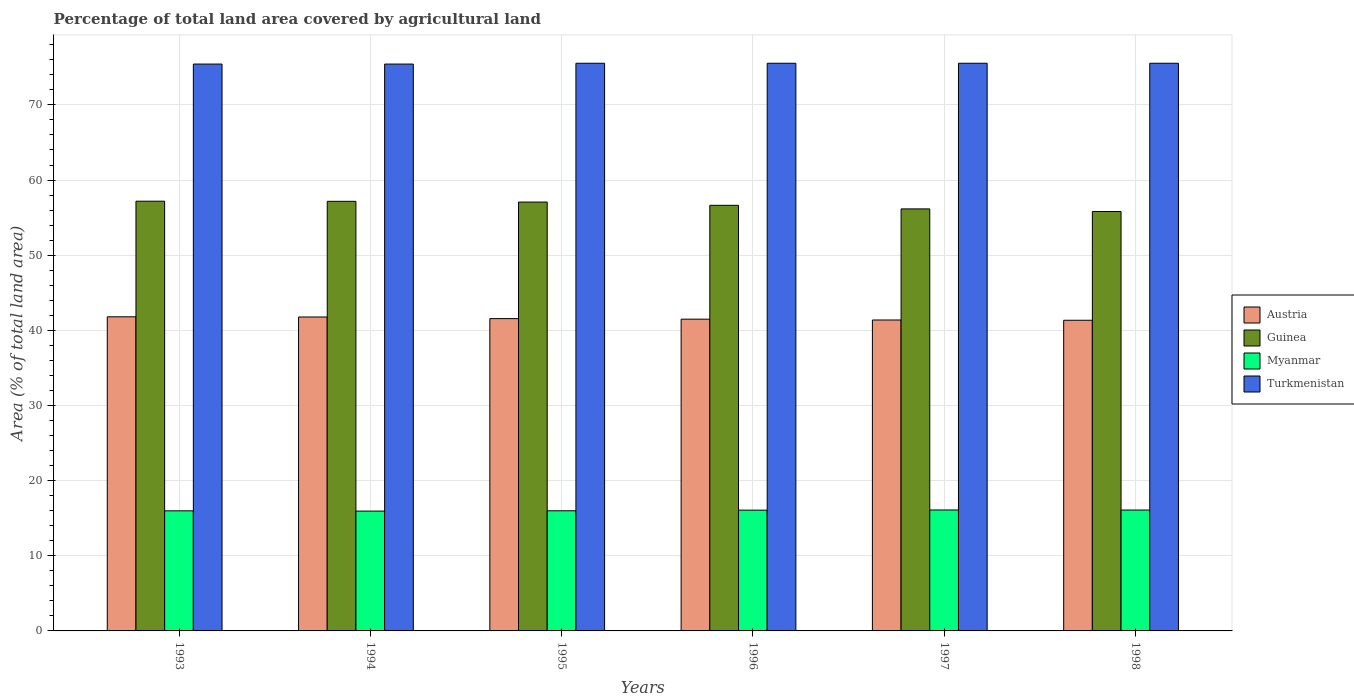
| Years | Austria | Guinea | Myanmar | Turkmenistan |
 | --- | --- | --- | --- | --- |
 | 1993 | 41.8 | 57.2 | 16 | 75.4 |
 | 1994 | 41.8 | 57.2 | 15.9 | 75.4 |
 | 1995 | 41.6 | 57.1 | 16 | 75.5 |
 | 1996 | 41.5 | 56.6 | 16.1 | 75.5 |
 | 1997 | 41.4 | 56.2 | 16.1 | 75.5 |
 | 1998 | 41.3 | 55.8 | 16.1 | 75.5 |